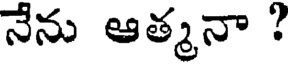
నేను ఆత్మనా ?